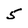
Character: 5